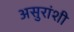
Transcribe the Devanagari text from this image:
असुरांशी